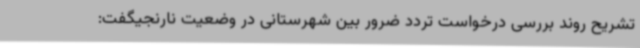
تشریح روند بررسی درخواست تردد ضرور بین شهرستانی در وضعیت نارنجیگفت: